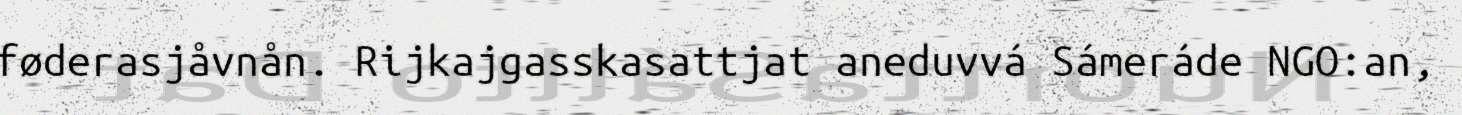
føderasjåvnån. Rijkajgasskasattjat aneduvvá Sámeráde NGO:an,